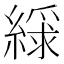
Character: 𫃿